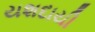
યશદાયી